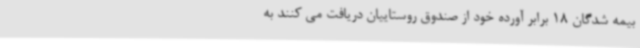
بیمه شدگان 18 برابر آورده خود از صندوق روستاییان دریافت می کنند به